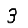
Digit: 3